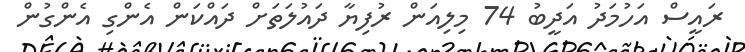
ރައީސް އަހުމަދު އަދީބު 74 މިލިއަން ރުފިޔާ ދައުލަތަށް ދައްކަން އެންގި އެންގުން